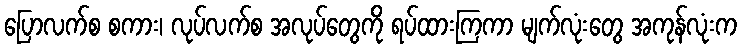
ပြောလက်စ စကား၊ လုပ်လက်စ အလုပ်တွေကို ရပ်ထားကြကာ မျက်လုံးတွေ အကုန်လုံးက